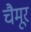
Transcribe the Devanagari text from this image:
चैमूर